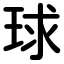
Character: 球